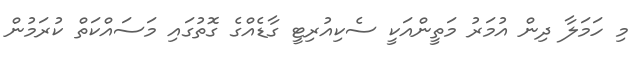
މި ހަމަލާ ދިން އުމަރު މަތީންއަކީ ސެކިއުރިޓީ ގާޑެއްގެ ގޮތުގައި މަސައްކަތް ކުރަމުން